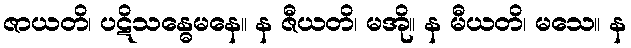
ဇာယတိ၊ ပဋိသန္ဓေမနေ။ န ဇီယတိ၊ မအို။ န မီယတိ၊ မသေ။ န